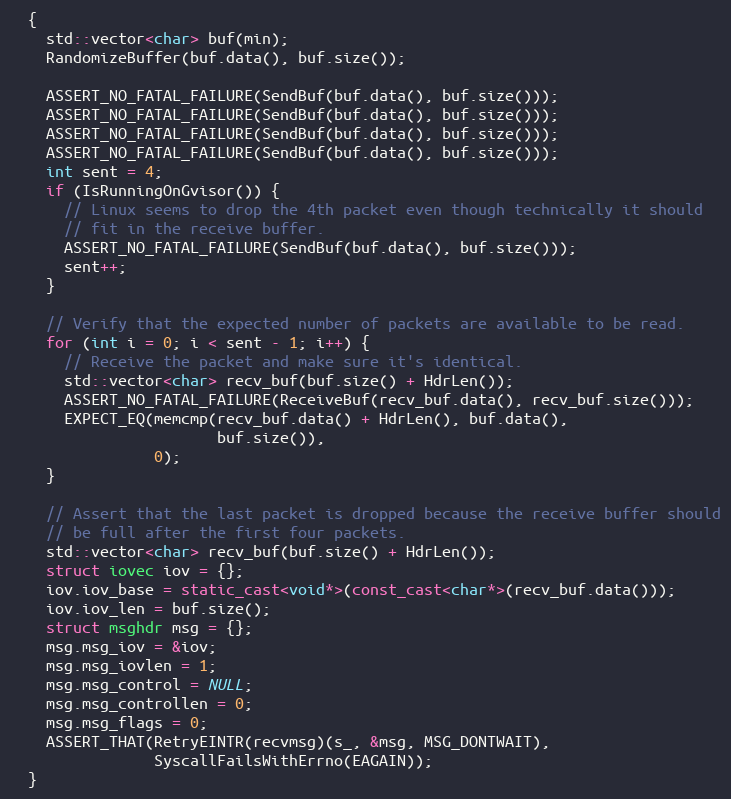
Language: C++
  {
    std::vector<char> buf(min);
    RandomizeBuffer(buf.data(), buf.size());

    ASSERT_NO_FATAL_FAILURE(SendBuf(buf.data(), buf.size()));
    ASSERT_NO_FATAL_FAILURE(SendBuf(buf.data(), buf.size()));
    ASSERT_NO_FATAL_FAILURE(SendBuf(buf.data(), buf.size()));
    ASSERT_NO_FATAL_FAILURE(SendBuf(buf.data(), buf.size()));
    int sent = 4;
    if (IsRunningOnGvisor()) {
      // Linux seems to drop the 4th packet even though technically it should
      // fit in the receive buffer.
      ASSERT_NO_FATAL_FAILURE(SendBuf(buf.data(), buf.size()));
      sent++;
    }

    // Verify that the expected number of packets are available to be read.
    for (int i = 0; i < sent - 1; i++) {
      // Receive the packet and make sure it's identical.
      std::vector<char> recv_buf(buf.size() + HdrLen());
      ASSERT_NO_FATAL_FAILURE(ReceiveBuf(recv_buf.data(), recv_buf.size()));
      EXPECT_EQ(memcmp(recv_buf.data() + HdrLen(), buf.data(),
                       buf.size()),
                0);
    }

    // Assert that the last packet is dropped because the receive buffer should
    // be full after the first four packets.
    std::vector<char> recv_buf(buf.size() + HdrLen());
    struct iovec iov = {};
    iov.iov_base = static_cast<void*>(const_cast<char*>(recv_buf.data()));
    iov.iov_len = buf.size();
    struct msghdr msg = {};
    msg.msg_iov = &iov;
    msg.msg_iovlen = 1;
    msg.msg_control = NULL;
    msg.msg_controllen = 0;
    msg.msg_flags = 0;
    ASSERT_THAT(RetryEINTR(recvmsg)(s_, &msg, MSG_DONTWAIT),
                SyscallFailsWithErrno(EAGAIN));
  }